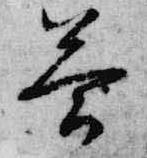
答